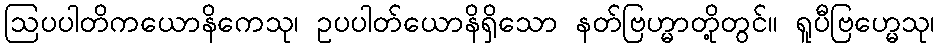
ဩပပါတိကယောနိကေသု၊ ဥပပါတ်ယောနိရှိသော နတ်ဗြဟ္မာတို့တွင်။ ရူပီဗြဟ္မေသု၊